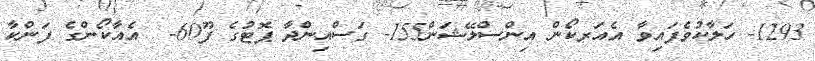
1293- ހަލާކުވެފައިވާ އެއަރކޯން އިންސްލޭޝަން155- ގަސްއިންދާ ޕޮޓުގެ ފޫ60-  އެއާކޯންގެ ފަންކާ